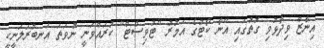
އިނާޒް ވިދާޅުވި ގޮތުގައި އޭނާ ކޯޓުގެ އަމުރު "ޓުވިސްޓް" ކުރައްވަނީ ނުވަތަ އަނބުރަލަނީކީ